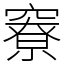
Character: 竂